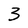
Character: 3